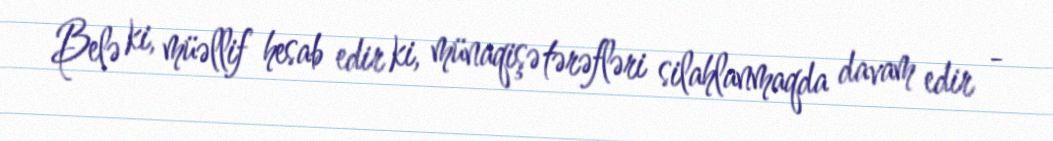
Belə ki, müəllif hesab edir ki, münaqişə tərəfləri silahlanmaqda davam edir -